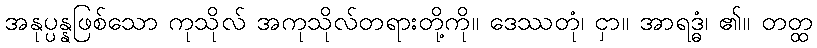
အနုပ္ပန္နဖြစ်သော ကုသိုလ် အကုသိုလ်တရားတို့ကို။ ဒေဿတုံ၊ ငှာ။ အာရဒ္ဓံ၊ ၏။ တတ္ထ